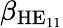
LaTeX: \beta_{\mathrm{HE}_{11}}